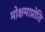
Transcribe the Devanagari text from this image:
मोक्षमाप्नोति